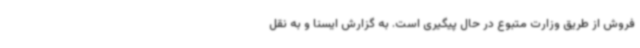
فروش از طریق وزارت متبوع در حال پیگیری است. به گزارش ایسنا و به نقل